Annual statistical returns and brief notes on vaccination in Bengal - 1896-1909
Year: 1896
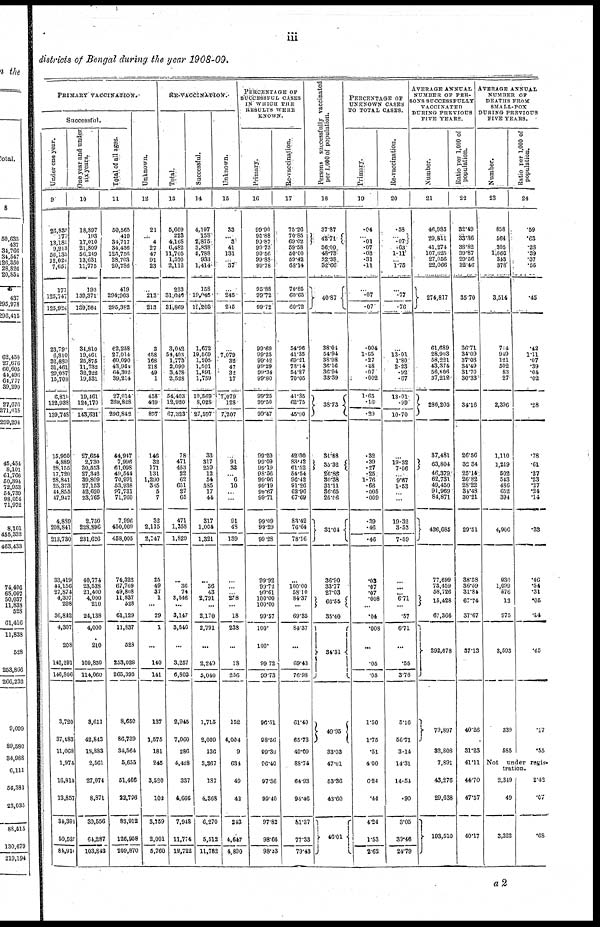
iii
districts of Bengal during the year 1908-09.
PRIMARY VACCINATION.
Successful.
Under one year.
9
26,835
177
13,185
9,913
50,139
12,024
7,657
177
125,747
125,924
23,79
6,810
32,889
31,461
29,087
15,708
6,810
132,938
139,748
15,950
4,889
28,155
17,720
28,841
25,373
41,855
47,947
4,889
208,841
213,730
33,419
44,156
27,874
4,307
208
36,842
4,307
208
142,291
146,806
3,720
37,483
11,068
1,974
16,814
13,857
34,391
50,521
84,911
One year and under
six years.
10
18,897
193
17,010
21,809
56,249
13,631
11,775
193
139,371
139,564
34,810
19,461
25,875
11,732
32,222
19,531
19,461
124,170
143,631
27,654
2,730
30,553
27,342
39,809
27,153
52,620
23,765
2,730
228,896
231,626
40,774
23,538
21,400
4,000
210
24,138
4,000
210
109,850
114,060
3,611
42,843
18,883
2,561
27,074
8,871
39,556
64,287
103,843
Total of all ages.
11
50,565
419
34,717
34,436
125,756
28,703
20,786
419
294,963
295,382
62,258
27,014
60,090
43,961
64,302
39,214
27,014
269,828
296,842
44,947
7,996
61,098
49,544
70,991
53,938
97,731
71,760
7,996
450,009
468,005
74,322
67,769
49,808
11,837
528
61,129
11,837
528
253,028
265,393
8,650
86,739
34,564
5,655
51,466
22,796
82,912
126,958
209,870
Unknown.
12
21
... 4
27
47
91
23
...
213
213
3
458
168
218
49
1
458
439
897
146
32
171
131
1,290
3.15
5
7
32
2,115
2,147
25
49
37
1
...
29
1
...
140
141
137
1,575
181
245
3,520
102
3,759
2,001
5,760
RE-VACCINATION.
Total.
13
5,609
223
4,168
6,482
11,705
1,570
2,112
223
31,649
31,869
3,042
54,403
1,773
2,099
3,478
2,528
54,403
12,920
67,323
78
471
453
22
62
651
27
65
471
1,358
1,829
...
36
74
3,546
...
3,147
3,546
...
3,257
6,803
2,945
7,060
286
4,428
337
4,666
7,948
11,774
19,722
Successful.
14
4,197
158
2,875
3,838
5,788
933
1,414
158
19,045
19,203
1,672
19,569
1,205
1,501
1,891
1,759
19,569
8,028
27,597
33
317
259
12
54
585
17
44
317
1,004
1,321
...
36
43
2,791
...
2,170
2,791
...
2,240
5,040
1,715
2,009
136
3,367
187
4,368
6,270
5,512
11,782
Unknown.
15
33
... 3
41
131
...
37
...
245
245
...
7,079
32
47
32
17
7,079
128
7,207
...
91
32
... 6
10
...
...
91
48
139
...
...
...
2.8
...
18
238
...
18
256
152
4,004
9
634
49
43
243
4,647
4,890
PERCENTAGE OF
SUCCESSFUL CASES
IN WHICH THE
RESULTS WERE
KNOWN.
Primary.
16
99.90
95.88
99.87
99.75
99.56
99.88
99.78
95.88
99.72
99.72
99.69
99.25
99.42
99.29
99.34
99.80
99.25
99.50
99.47
99.20
99.09
99.19
98.56
99.06
99.19
99.67
99.71
99.09
99.29
99.28
99.92
99.72
99.61
100.00
100.00
99.57
100.
100.
99.72
99.73
96.51
98.56
99.30
96.40
97.36
99.40
97.82
98.66
98.43
Re-vaccination.
17
75.26
70.85
69.02
59.58
50.00
59.42
68.14
70.85
60.65
60.72
54.96
41.35
69.21
73.14
54.87
70.05
41.35
62.75
45.90
42.30
83.42
61.52
54.54
96.42
91.26
62.96
67.68
83.42
76.64
78.16
...
100.00
58.10
84.37
...
69.35
84.37
...
69.43
76.98
61.40
65.73
49.09
88.74
64.93
94.46
81.37
77.33
79.43
Persons successfully vaccinated
pee 1,000 of population.
18
37.87
42.71
36.00
48.73
32.38
32.66
40.87
38.01
54.94
38.98
36.16
36.94
33.39
38.73
31.88
35.32
26.86
30.38
31.11
36.65
25.56
31.04
36.90
33.77
27.03
66.55
35.40
34.31
49.95
33.03
47.01
53.36
43.60
46.01
PERCENTAGE OF
UNKNOWN CASES
TO TOTAL CASES.
Primary.
19
.04
... .01
.07
.03
.31
.11
...
.07
.07
.004
1.65
.27
.48
.07
.002
1.65
.16
.20
.32
.39
.27
.25
1.76
.66
.005
.009
.39
.46
.46
.03
.07
.07
.008
...
.04
.008
...
.05
.05
1.50
1.75
.51
4.00
6.24
.44
4.24
1.53
2.62
Re-vaccination.
20
.58
... .07
.63
1.11
...
1.75
...
.77
.76
...
13.01
1.80
2.23
.92
.67
13.01
.99
10.70
...
19.32
7.06
...
9.67
1.53
...
...
19.32
3.53
7.59
...
...
...
6.71
...
.57
6.71
...
.55
3.76
5.16
56.71
3.14
14.31
14.54
.90
3.05
39.46
24.79
AVERAGE ANNUAL
NUMBER OF PER-
---- SUCCESSFULLY
VACCINATED
DURING PREVIOUS
FIVE YEARS.
Number.
21
46,985
29,811
41,274
107,625
27,056
22,066
274,817
61,689
28,903
58,221
43,374
56,806
37,212
286,205
37,481
63,804
46,379
62,734
49,450
91,969
84,871
436,685
77,699
73,459
58,726
15,428
67,366
292,678
79,897
32,808
7,891
43,276
29,638
193,510
Ratio per 1,000 of
population.
22
32.49
33.36
38.82
39.87
29.56
32.46
35.70
36.71
34.09
37.03
34.49
31.70
30.33
34.16
26.56
32.84
25.14
26.82
28.22
34.48
30.21
29.51
38.58
36.59
31.84
67.74
37.67
37.13
40.26
31.23
41.11
44.70
47.57
40.17
AVERAGE ANNUAL
NUMBER OF
DEATHS FROM
SMALL-POX
DURING PREVIOUS
FIVE YEARS.
Number.
23
838
564
305
1,066
843
378
3,514
714
949
121
502
83
27
2,396
1,110
1,219
502
543
486
652
394
4,906
930
1,099
576
13
975
3,593
339
585
Ratio per 1,000 of
population.
24
.59
.63
.28
.39
.37
.55
.45
.42
1.11
.07
.39
.04
.02
.28
.78
.61
.27
.23
.27
.24
.14
.33
.46
.54
.31
.05
.44
.45
.17
.55
Not
under regis-
tration.
2,349
49
3,322
2.42
.07
.68
a2